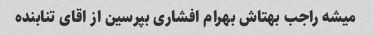
میشه راجب بهتاش بهرام افشاری بپرسین از اقای تنابنده